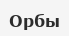
Орбы